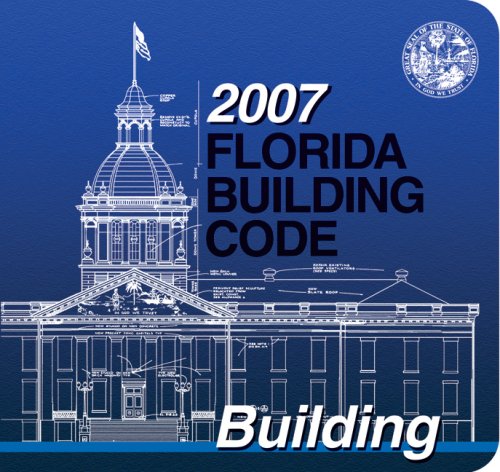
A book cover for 2007 Florida Building Code - Building (International Code Council Series); International Code Council; Law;